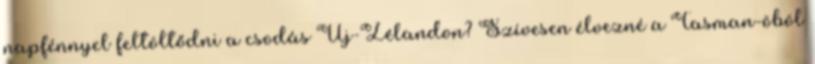
napfénnyel feltöltődni a csodás Új-Zélandon? Szívesen élvezné a Tasman-öböl